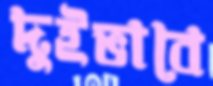
দুইভাবে